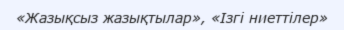
«Жазықсыз жазықтылар», «Ізгі ниеттілер»